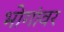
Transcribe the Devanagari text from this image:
भोगांवर